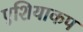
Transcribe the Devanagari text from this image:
एशियाकप